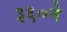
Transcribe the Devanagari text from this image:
३६०ने